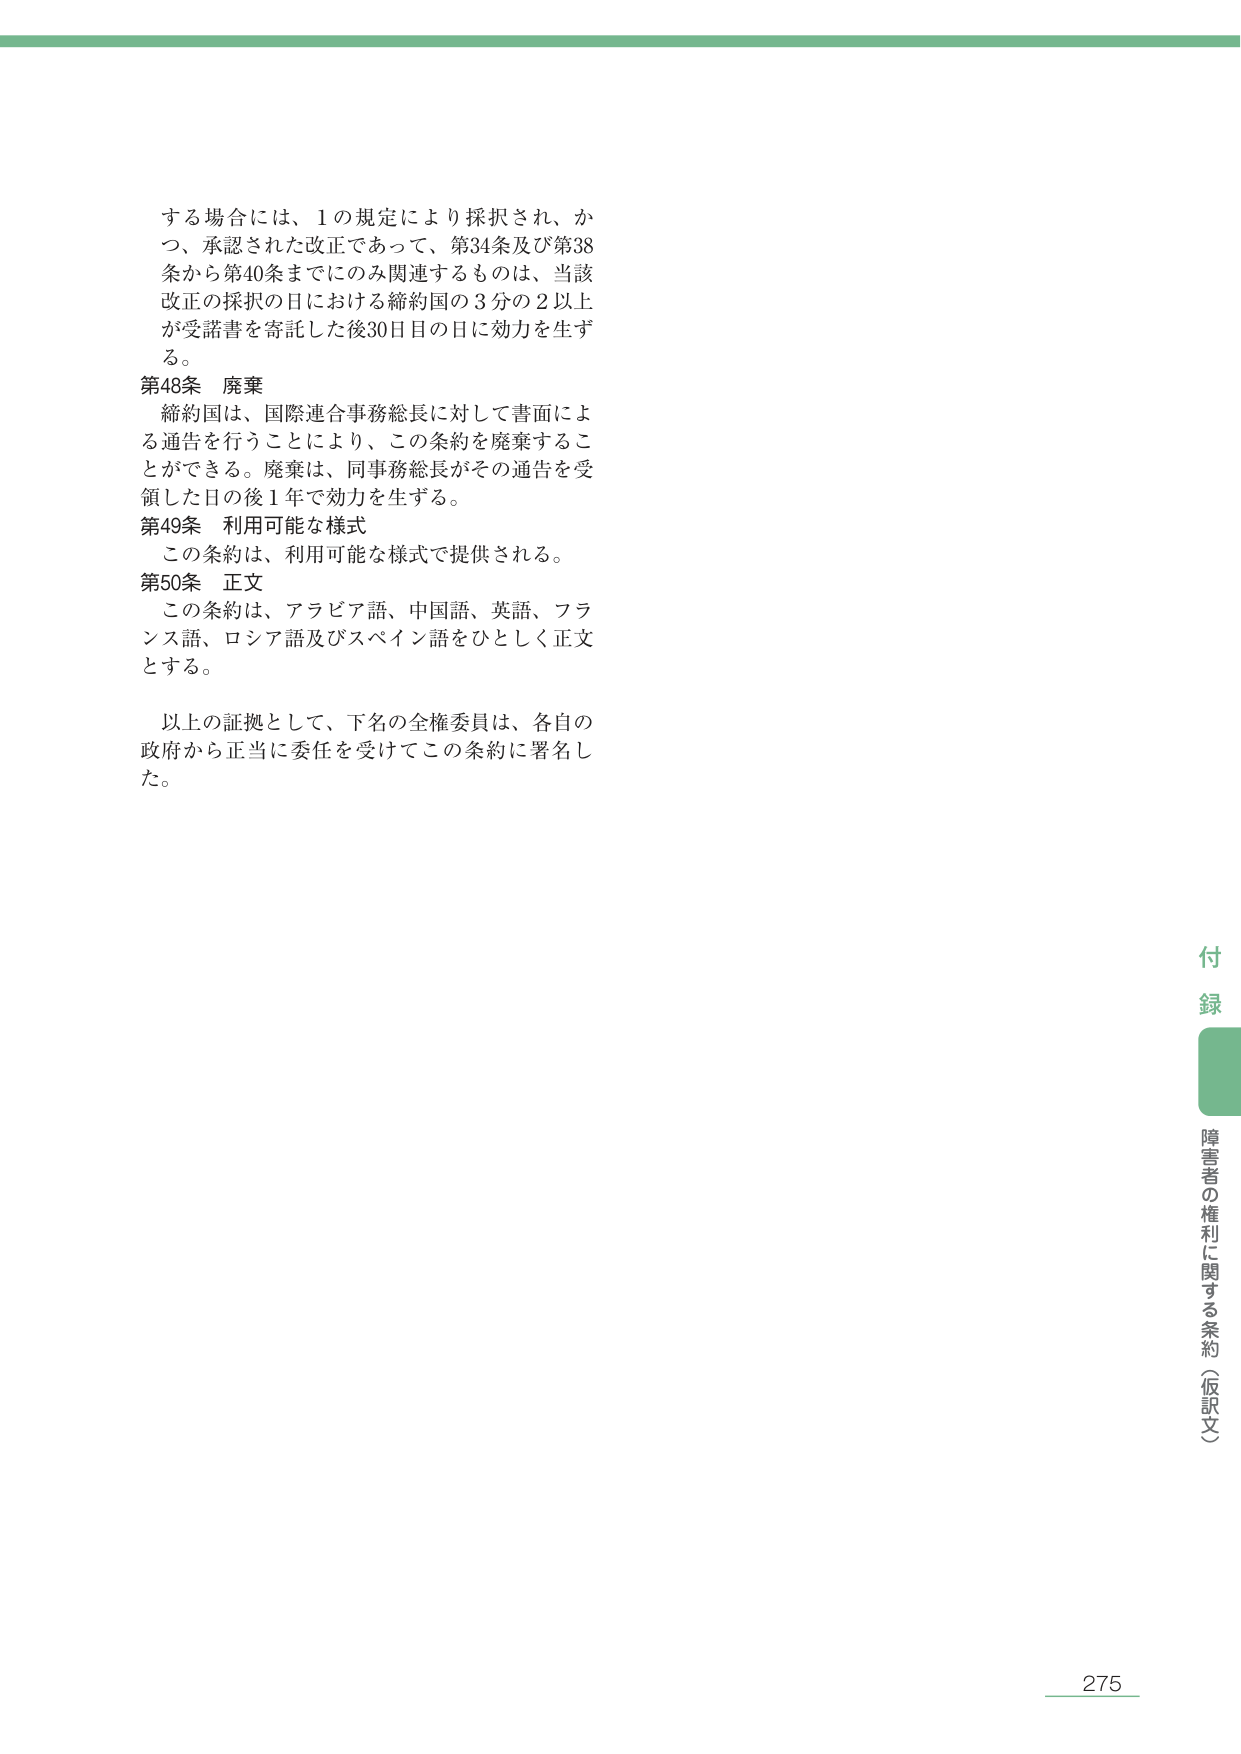
する場合には、1の規定により採択され、かつ、承認された改正であって、第34条及び第38条から第40条までにのみ関連するものは、当該改正の採択の日における締約国の3分の2以上が受諾書を寄託した後30日目の日に効力を生ずる。

第48条 廃棄
締約国は、国際連合事務総長に対して書面による通告を行うことにより、この条約を廃棄することができる。廃棄は、同事務総長がその通告を受領した日の後1年で効力を生ずる。

第49条 利用可能な様式
この条約は、利用可能な様式で提供される。

第50条 正文
この条約は、アラビア語、中国語、英語、フランス語、ロシア語及びスペイン語をひとしく正文とする。

以上の証拠として、下名の全権委員は、各自の政府から正当に委任を受けてこの条約に署名した。

付録
障害者の権利に関する条約（仮訳文）

275